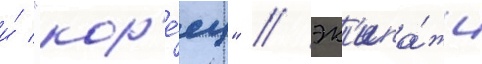
и́ "кор'е́ец" / эк'ипа́жи